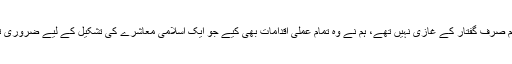
اور ہم صرف گفتار کے غازی نہیں تھے، ہم نے وہ تمام عملی اقدامات بھی کیے جو ایک اسلامی معاشرے کی تشکیل کے لیے ضروری تھے۔